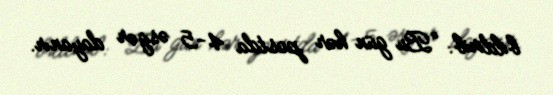
bildirib: “Bu gün hər postda 4-5 əsgər dayanır.